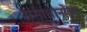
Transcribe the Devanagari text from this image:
संसाधानोंका